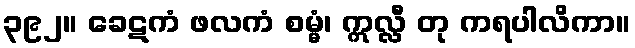
၃၉၂။ ခေဋကံ ဖလကံ စမ္မံ၊ ဣလ္လီ တု ကရပါလိကာ။